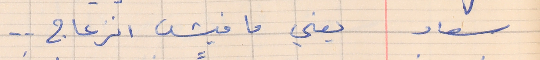
سعاد       يعني ما فيش انزعاج  . .